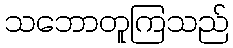
သဘောတူကြသည်